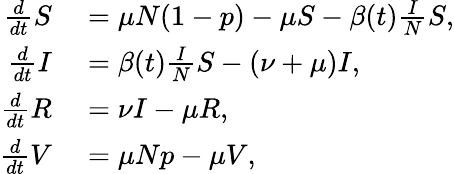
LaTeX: \begin{array}{rl}{\frac{d}{dt}S}&{{}=\mu N(1-p)-\mu S-\beta(t)\frac{I}{N}S,}\\ {\frac{d}{dt}I}&{{}=\beta(t)\frac{I}{N}S-(\nu+\mu)I,}\\ {\frac{d}{dt}R}&{{}=\nu I-\mu R,}\\ {\frac{d}{dt}V}&{{}=\mu Np-\mu V,}\end{array}